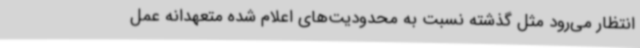
انتظار می‌رود مثل گذشته نسبت به محدودیت‌های اعلام شده متعهدانه عمل